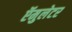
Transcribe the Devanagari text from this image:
ऍमुलेटर